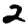
Digit: 2